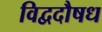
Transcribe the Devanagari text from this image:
विद्वदौषध